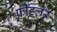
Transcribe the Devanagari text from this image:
फीडलर